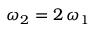
\omega _ { 2 } = 2 \, \omega _ { 1 }